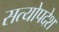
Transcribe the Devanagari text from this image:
सत्योपदेश